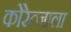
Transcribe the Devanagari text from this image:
कोरेत्जाला